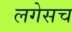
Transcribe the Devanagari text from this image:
लगेसच